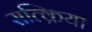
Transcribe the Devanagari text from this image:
सत्क्रिया